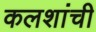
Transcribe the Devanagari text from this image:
कलशांची